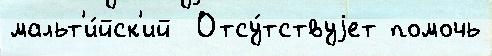
мальт'и́йск'ий  Отсу́тствуjет помочь